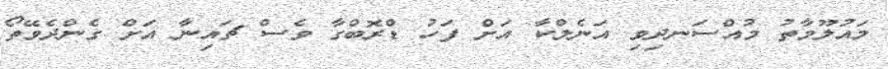
މައުލޫމާތު މުއްސަނދިވި އަނެލްކާ އަށް ފަހު ޑްރޮބްގާ ވެސް ޗައިނާ އަށް ގެންދެވޭތޯ